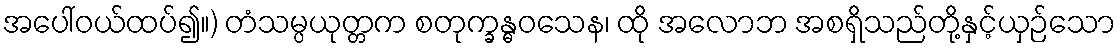
အပေါ်ဝယ်ထပ်၍။) တံသမ္ပယုတ္တက စတုက္ခန္ဓဝသေန၊ ထို အလောဘ အစရှိသည်တို့နှင့်ယှဉ်သော